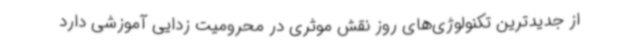
از جدیدترین تکنولوژی‌های روز نقش موثری در محرومیت زدایی آموزشی دارد